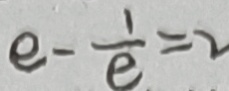
e - \frac { 1 } { e } = 2